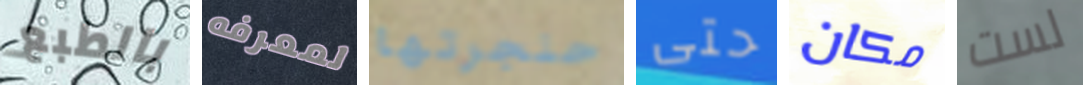
بالطبع لمعرفه حنجرتها حتى مكان لست